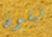
تبقون